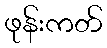
ဖုန်းကတ်